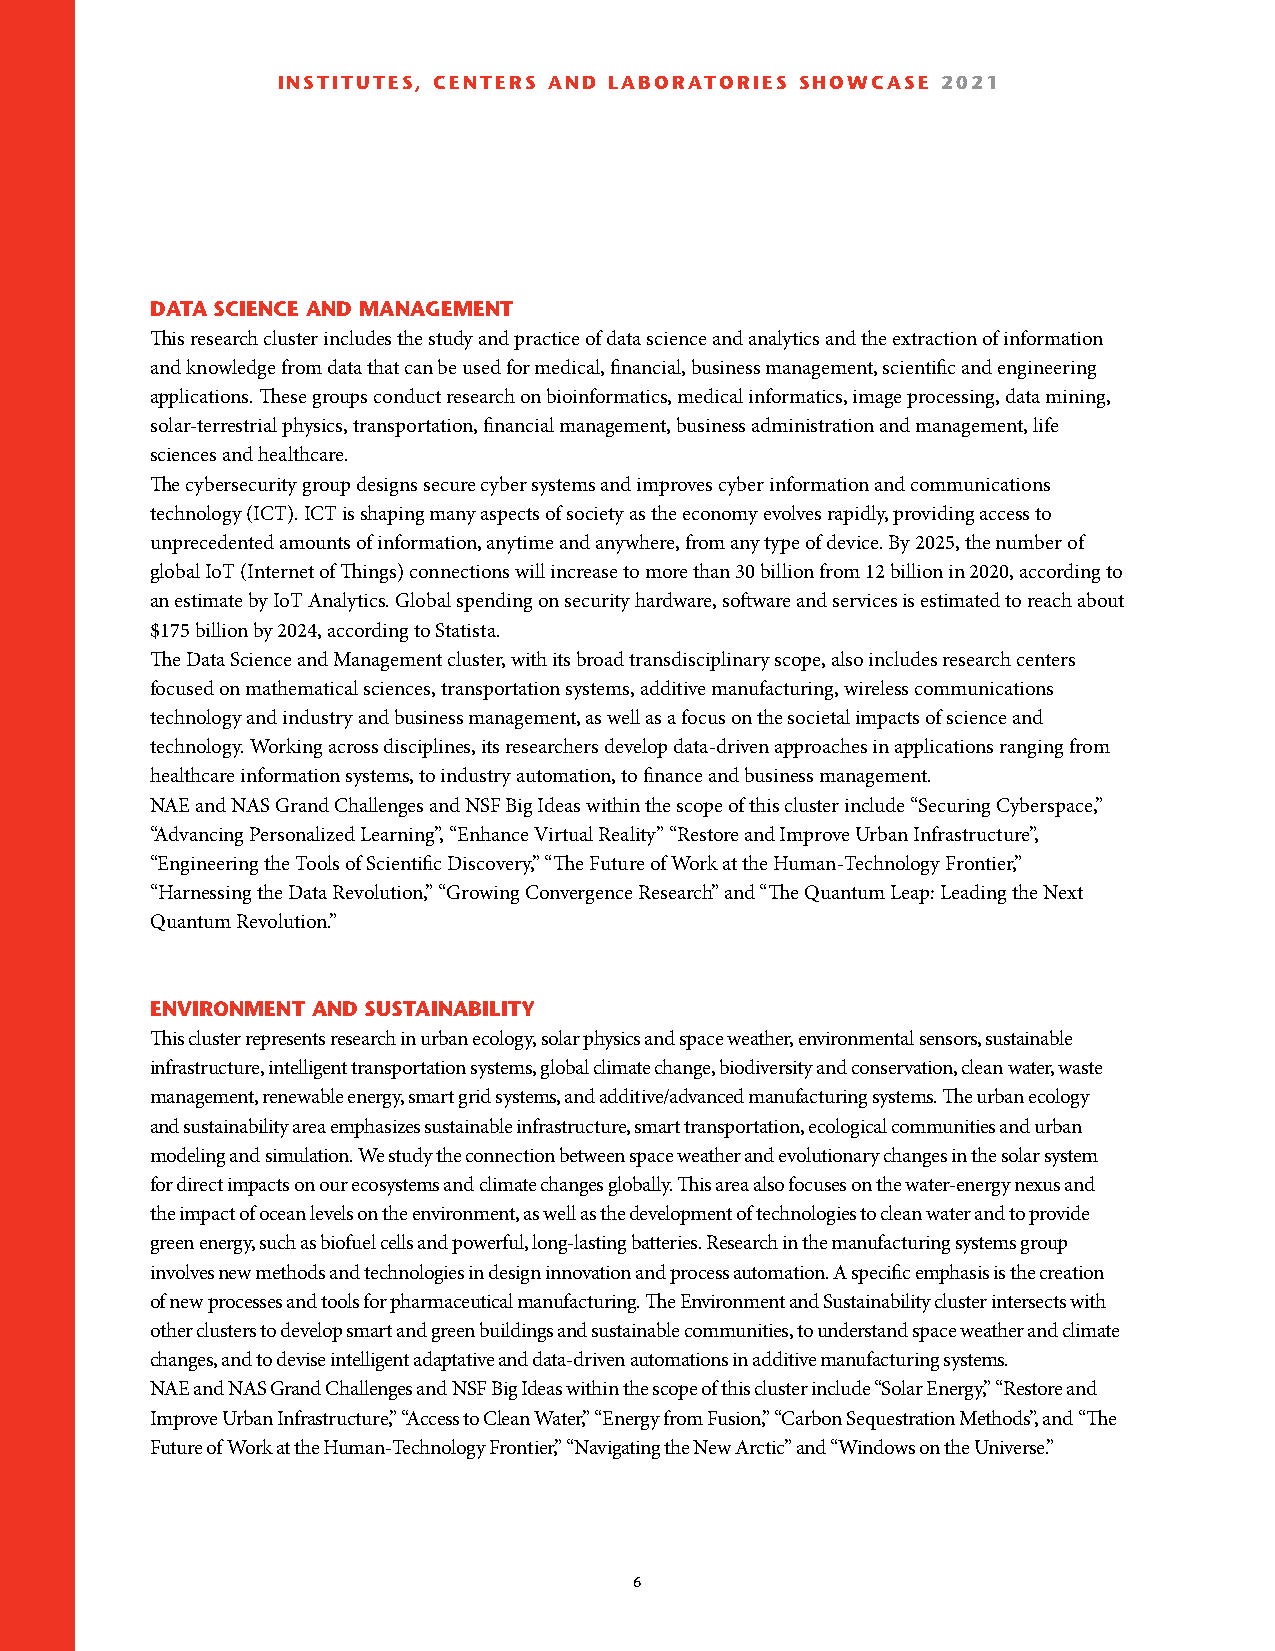
INSTITUTES, CENTERS AND LABORATORIES SHOWCASE 2021
 DATA SCIENCE AND MANAGEMENT
 This research cluster includes the study and practice of data science and analytics and the extraction of information
 and knowledge from data that can be used for medical, financial, business management, scientific and engineering
 applications. These groups conduct research on bioinformatics, medical informatics, image processing, data mining,
 solar-terrestrial physics, transportation, financial management, business administration and management, life
 sciences and healthcare.
 The cybersecurity group designs secure cyber systems and improves cyber information and communications
 technology (ICT). ICT is shaping many aspects of society as the economy evolves rapidly, providing access to
 unprecedented amounts of information, anytime and anywhere, from any type of device. By 2025, the number of
 global IoT (Internet of Things) connections will increase to more than 30 billion from 12 billion in 2020, according to
 an estimate by IoT Analytics. Global spending on security hardware, software and services is estimated to reach about
 $175 billion by 2024, according to Statista.
 The Data Science and Management cluster, with its broad transdisciplinary scope, also includes research centers
 focused on mathematical sciences, transportation systems, additive manufacturing, wireless communications
 technology and industry and business management, as well as a focus on the societal impacts of science and
 technology. Working across disciplines, its researchers develop data-driven approaches in applications ranging from
 healthcare information systems, to industry automation, to finance and business management.
 NAE and NAS Grand Challenges and NSF Big Ideas within the scope of this cluster include “Securing Cyberspace,”
 “Advancing Personalized Learning”, “Enhance Virtual Reality” “Restore and Improve Urban Infrastructure”,
 “Engineering the Tools of Scientific Discovery,” “The Future of Work at the Human-Technology Frontier,”
 “Harnessing the Data Revolution,” “Growing Convergence Research” and “The Quantum Leap: Leading the Next
 Quantum Revolution.”
 ENVIRONMENT AND SUSTAINABILITY
 This cluster represents research in urban ecology, solar physics and space weather, environmental sensors, sustainable
 infrastructure, intelligent transportation systems, global climate change, biodiversity and conservation, clean water, waste
 management, renewable energy, smart grid systems, and additive/advanced manufacturing systems. The urban ecology
 and sustainability area emphasizes sustainable infrastructure, smart transportation, ecological communities and urban
 modeling and simulation. We study the connection between space weather and evolutionary changes in the solar system
 for direct impacts on our ecosystems and climate changes globally. This area also focuses on the water-energy nexus and
 the impact of ocean levels on the environment, as well as the development of technologies to clean water and to provide
 green energy, such as biofuel cells and powerful, long-lasting batteries. Research in the manufacturing systems group
 involves new methods and technologies in design innovation and process automation. A specific emphasis is the creation
 of new processes and tools for pharmaceutical manufacturing. The Environment and Sustainability cluster intersects with
 other clusters to develop smart and green buildings and sustainable communities, to understand space weather and climate
 changes, and to devise intelligent adaptative and data-driven automations in additive manufacturing systems.
 NAE and NAS Grand Challenges and NSF Big Ideas within the scope of this cluster include “Solar Energy,” “Restore and
 Improve Urban Infrastructure,” “Access to Clean Water,” “Energy from Fusion,” “Carbon Sequestration Methods”, and “The
 Future of Work at the Human-Technology Frontier,” “Navigating the New Arctic” and “Windows on the Universe.”
 61